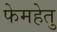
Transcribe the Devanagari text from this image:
फेमहेतु